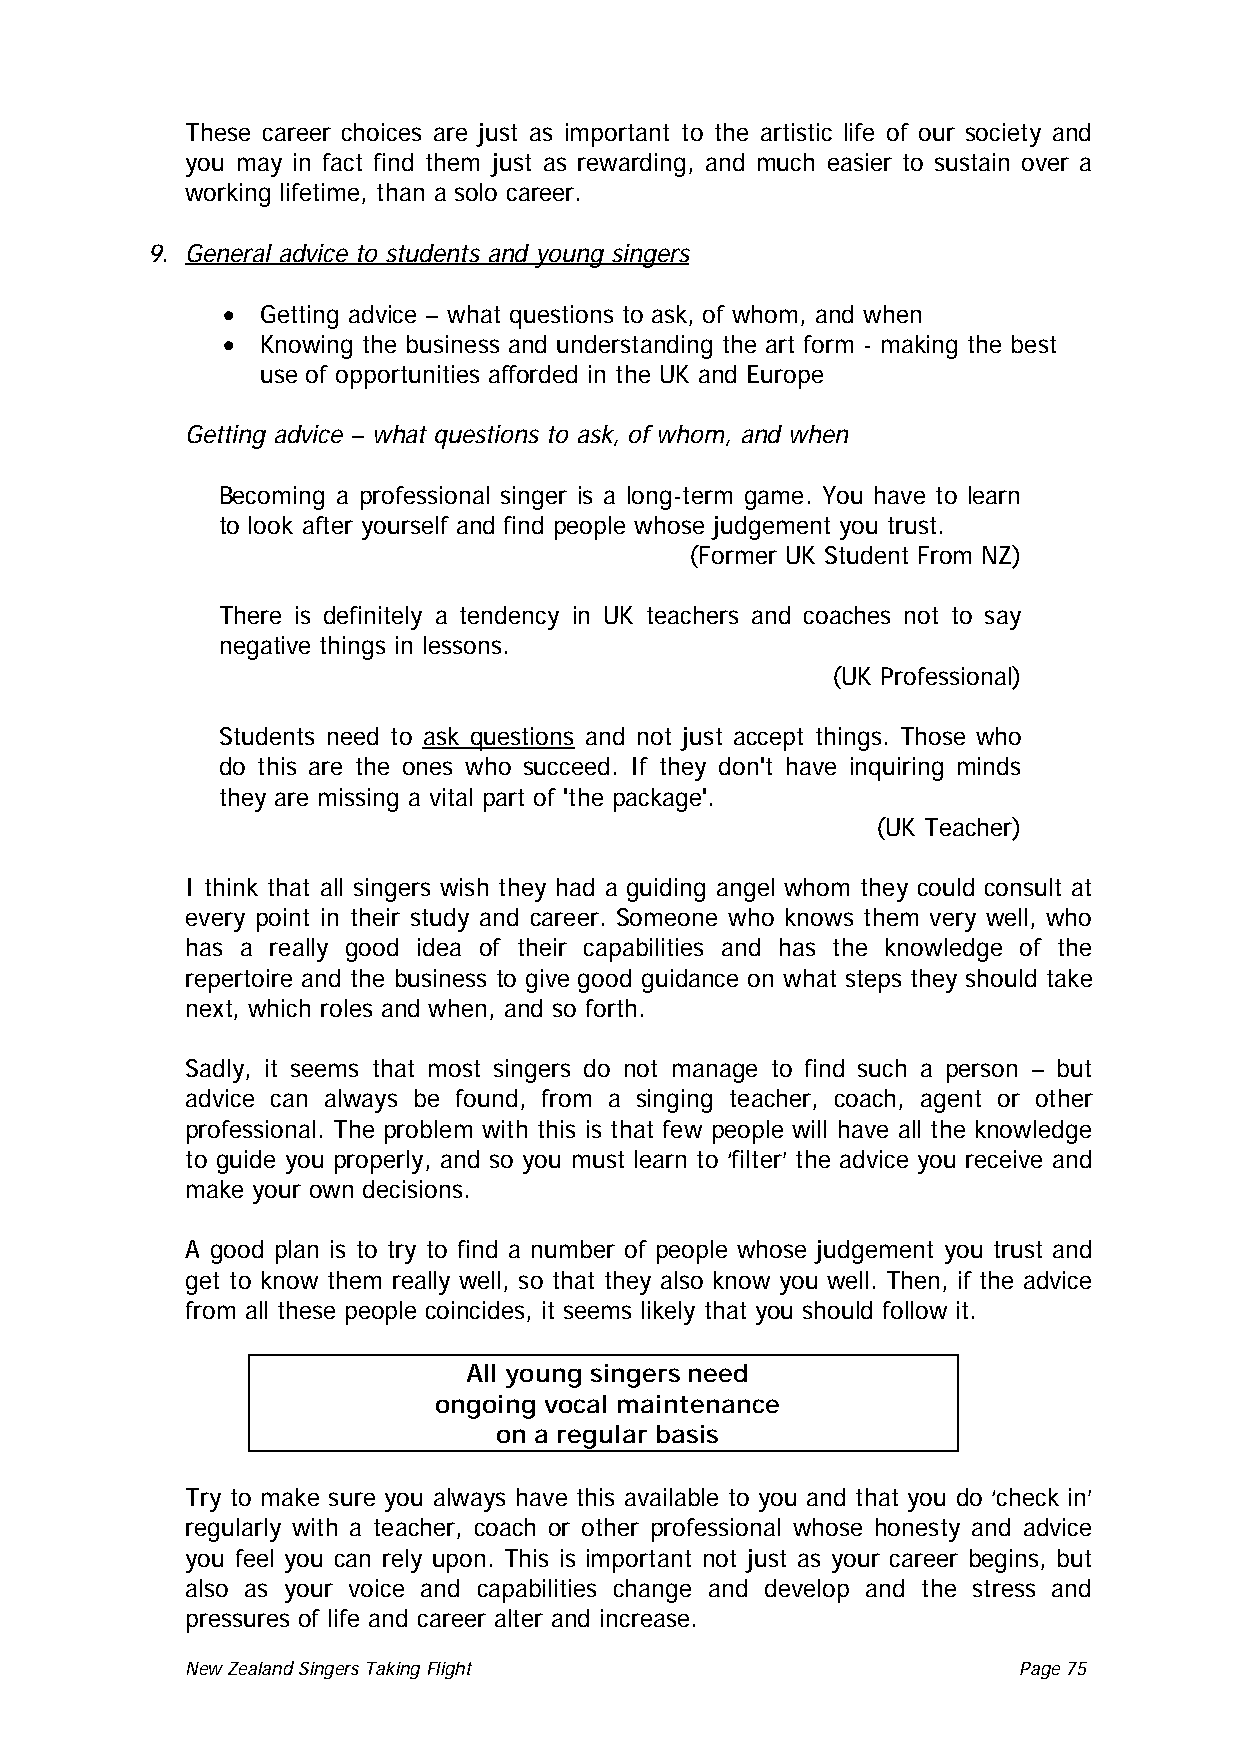
These career choices are just as important to the artistic life of our society and
 you may in fact find them just as rewarding, and much easier to sustain over a
 working lifetime, than a solo career.
 9. General advice to students and young singers
 • Getting advice – what questions to ask, of whom, and when
 • Knowing the business and understanding the art form - making the best
 use of opportunities afforded in the UK and Europe
 Getting advice – what questions to ask, of whom, and when
 Becoming a professional singer is a long-term game. You have to learn
 to look after yourself and find people whose judgement you trust.
 (Former UK Student From NZ)
 There is definitely a tendency in UK teachers and coaches not to say
 negative things in lessons.
 (UK Professional)
 Students need to ask questions and not just accept things. Those who
 do this are the ones who succeed. If they don't have inquiring minds
 they are missing a vital part of 'the package'.
 (UK Teacher)
 I think that all singers wish they had a guiding angel whom they could consult at
 every point in their study and career. Someone who knows them very well, who
 has a really good idea of their capabilities and has the knowledge of the
 repertoire and the business to give good guidance on what steps they should take
 next, which roles and when, and so forth.
 Sadly, it seems that most singers do not manage to find such a person – but
 advice can always be found, from a singing teacher, coach, agent or other
 professional. The problem with this is that few people will have all the knowledge
 to guide you properly, and so you must learn to ‘filter’ the advice you receive and
 make your own decisions.
 A good plan is to try to find a number of people whose judgement you trust and
 get to know them really well, so that they also know you well. Then, if the advice
 from all these people coincides, it seems likely that you should follow it.
 All young singers need
 ongoing vocal maintenance
 on a regular basis
 Try to make sure you always have this available to you and that you do ‘check in’
 regularly with a teacher, coach or other professional whose honesty and advice
 you feel you can rely upon. This is important not just as your career begins, but
 also as your voice and capabilities change and develop and the stress and
 pressures of life and career alter and increase.
 New Zealand Singers Taking Flight Page 75